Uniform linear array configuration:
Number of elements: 4
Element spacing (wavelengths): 0.25
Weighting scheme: binomial
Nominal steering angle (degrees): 0
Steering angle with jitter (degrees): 0.02713
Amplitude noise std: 0.05
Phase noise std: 0.05

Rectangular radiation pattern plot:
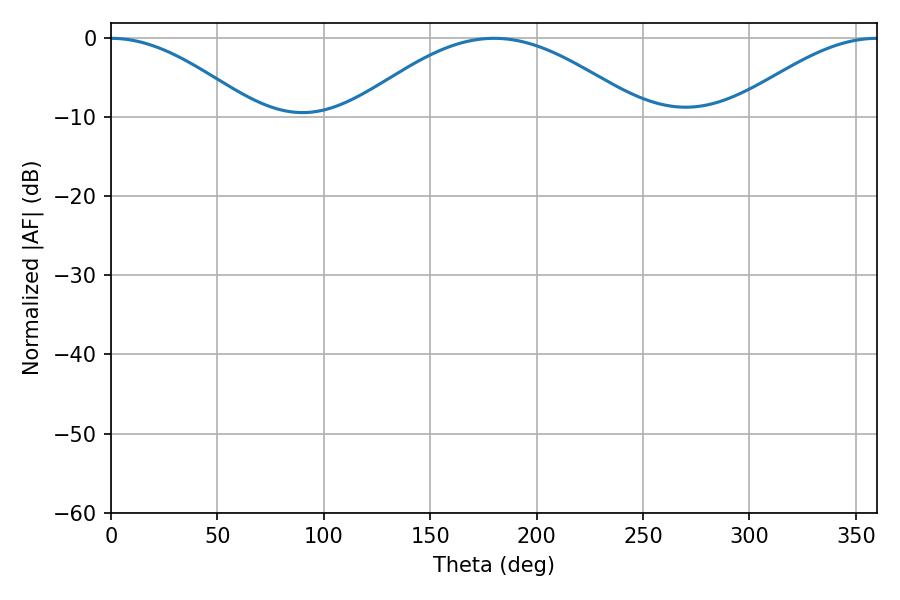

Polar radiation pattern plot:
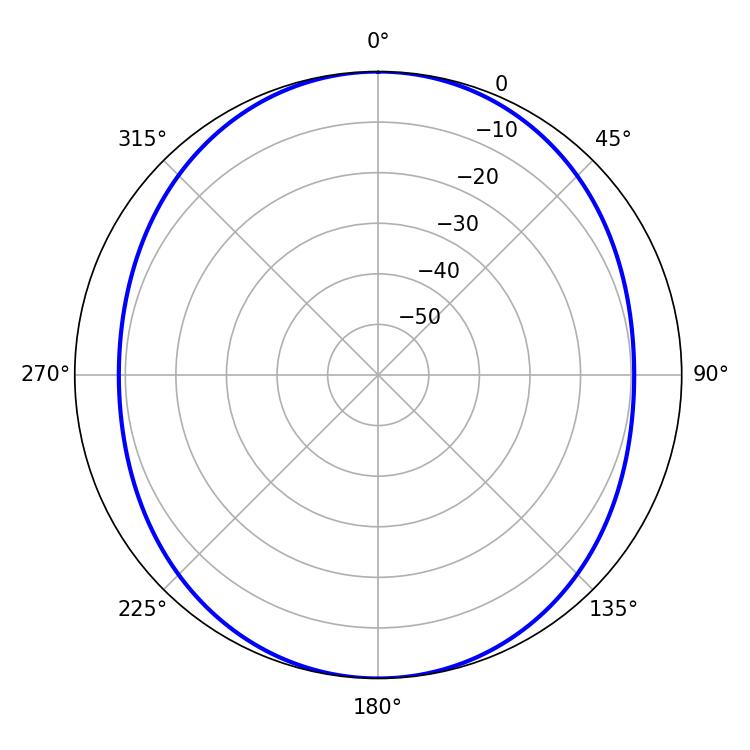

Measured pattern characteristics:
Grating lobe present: FALSE
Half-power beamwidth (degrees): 73.44
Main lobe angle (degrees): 180